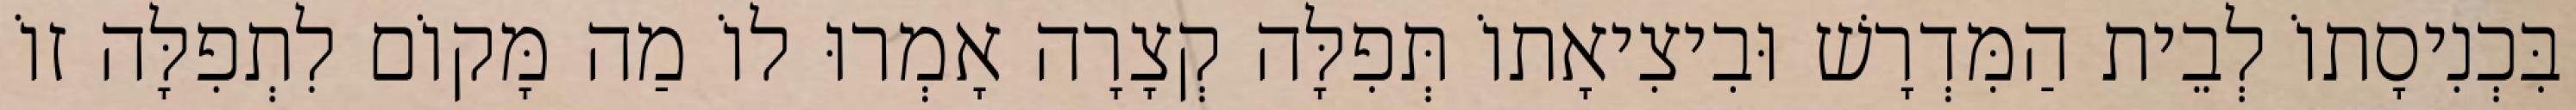
בִּכְנִיסָתוֹ לְבֵית הַמִּדְרָשׁ וּבִיצִיאָתוֹ תְּפִלָּה קְצָרָה אָמְרוּ לוֹ מַה מָּקוֹם לִתְפִלָּה זוֹ